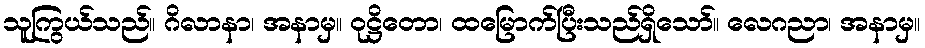
သူကြွယ်သည်။ ဂိလာနာ၊ အနာမှ။ ဝုဋ္ဌိတော၊ ထမြောက်ပြီးသည်ရှိသော်။ လေဂညာ၊ အနာမှ။